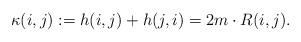
LaTeX: \begin{align*} \kappa(i,j):=h(i,j) + h(j,i) = 2 m\cdot R(i,j). \end{align*}